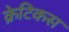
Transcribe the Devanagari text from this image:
क्रेटिकस